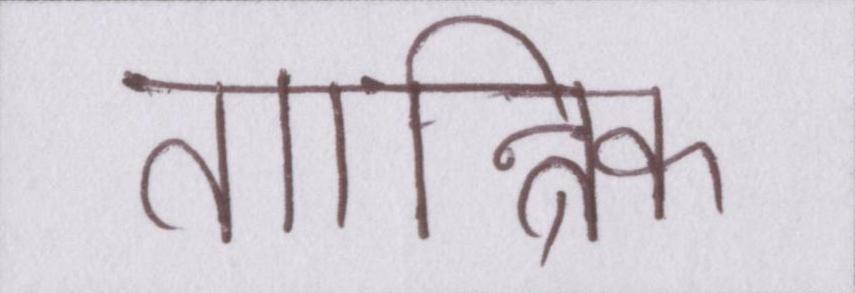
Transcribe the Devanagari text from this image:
तान्त्रिक